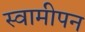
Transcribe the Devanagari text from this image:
स्वामीपन